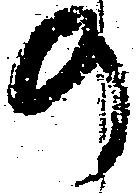
の